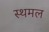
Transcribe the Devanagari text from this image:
स्थमल